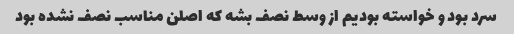
سرد بود و خواسته بودیم از وسط نصف بشه که اصلن مناسب نصف نشده بود